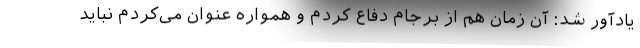
یادآور شد: آن زمان هم از برجام دفاع کردم و همواره عنوان می‌کردم نباید